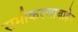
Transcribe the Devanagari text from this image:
समीकरणाबाहेर